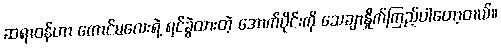
ဆရာဝန်ဟာ ကောင်မလေးရဲ့ ရင်ခွဲထားတဲ့ အောက်ပိုင်းကို သေချာနှိုက်ကြည့်ပါတော့တယ်။